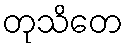
တုသိတေ